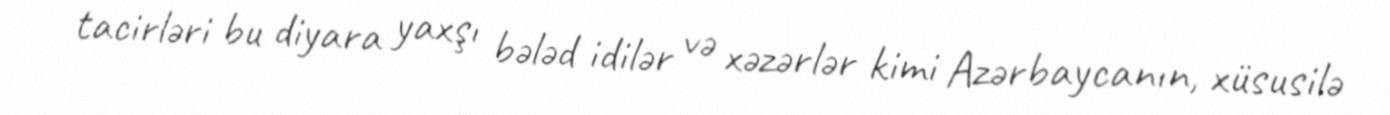
tacirləri bu diyara yaxşı bələd idilər və xəzərlər kimi Azərbaycanın, xüsusilə